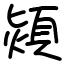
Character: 熲